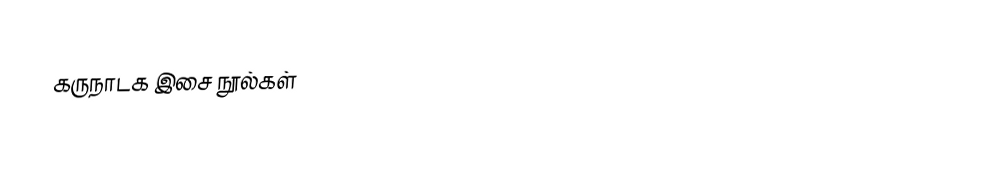
கருநாடக இசை நூல்கள்